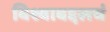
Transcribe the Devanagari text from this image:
विश्वाबद्दलचं